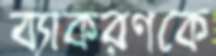
ব্যাকরণকে